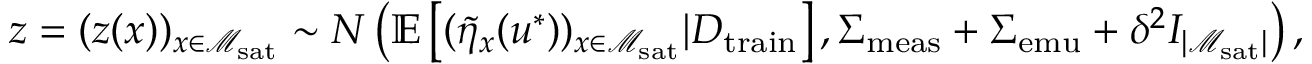
z = ( z ( x ) ) _ { x \in \mathcal { M } _ { \mathrm { s a t } } } \sim N \left( \mathbb { E } \left[ ( \Tilde { \eta } _ { x } ( u ^ { * } ) ) _ { x \in \mathcal { M } _ { \mathrm { s a t } } } \vert D _ { \mathrm { t r a i n } } \right] , \Sigma _ { \mathrm { m e a s } } + \Sigma _ { \mathrm { e m u } } + \delta ^ { 2 } I _ { \lvert \mathcal { M } _ { \mathrm { s a t } } \rvert } \right) ,